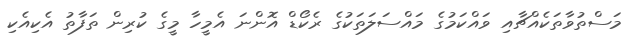
މަސްތުވާތަކެއްޗާއި ވައްކަމުގެ މައްސަލަތަކުގެ ރެކޯޑް އޮންނަ އެމީހާ މީގެ ކުރިން ތަފާތު އެކިއެކި